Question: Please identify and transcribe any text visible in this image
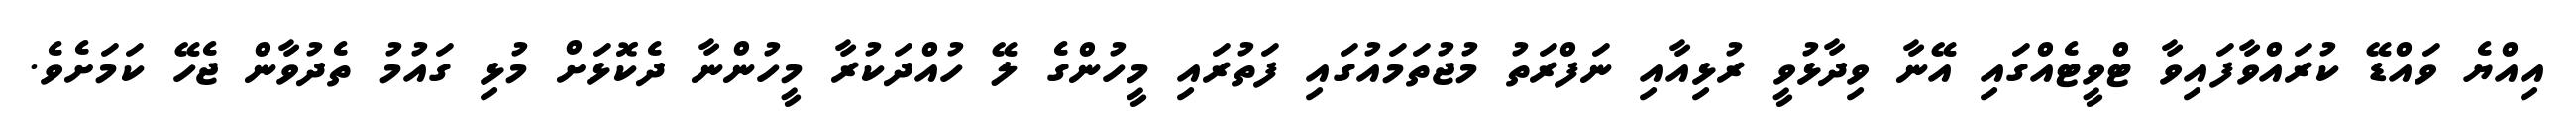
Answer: އިއްޔެ ވައްޑޭ ކުރައްވާފައިވާ ޓްވީޓެއްގައި އޭނާ ވިދާޅުވީ ރުޅިއާއި ނަފްރަތު މުޖުތަމައުގައި ފަތުރައި މީހުންގެ ލޭ ހުއްދަކުރާ މީހުންނާ ދެކޮޅަށް މުޅި ގައުމު ތެދުވާން ޖެހޭ ކަމަށެވެ.